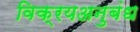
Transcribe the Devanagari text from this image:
विक्रयअनुबंध